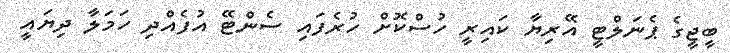
ބީޖީގެ ޕެނަލްޓީީ އޭރިޔާ ކައިރީ ހުސްކޮށް ހުރެފައި ސެންޓޭ އުފެއްދި ހަމަލާ ދިޔައީ